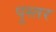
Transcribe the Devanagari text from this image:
पुस्तर